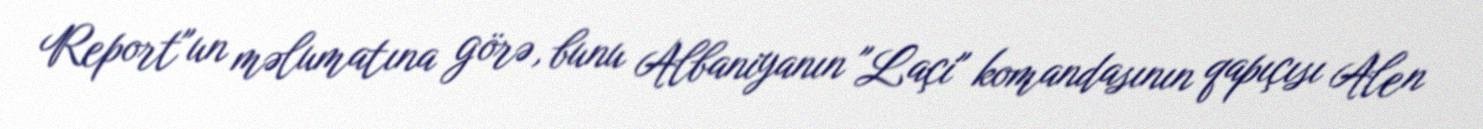
Report"un məlumatına görə, bunu Albaniyanın "Laçi" komandasının qapıçısı Alen